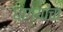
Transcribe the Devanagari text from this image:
धाग्यांचा